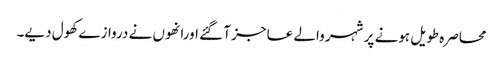
محاصرہ طویل ہونے پر شہر والے عاجز آ گئے اورانھوں نے دروازے کھول دیے۔